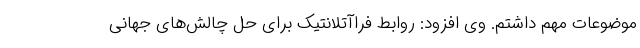
موضوعات مهم داشتم. وی افزود: روابط فراآتلانتیک برای حل چالش‌های جهانی